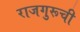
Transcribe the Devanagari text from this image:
राजगुरूची